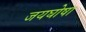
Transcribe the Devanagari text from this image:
जयघोषा